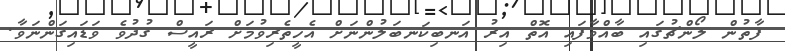
ފާތުން ލޯންޗުގައި ބާއްވާފައި އޮތް އިރު އަނބިކަނބަލުންނަށް އެހީތެރިވުމަށް ރައީސް ގުދުވެ ވަޑައިގަންނަވާ.